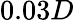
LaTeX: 0.03D